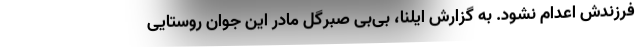
فرزندش اعدام نشود. به گزارش ایلنا، بی‌بی صبرگل مادر این جوان روستایی